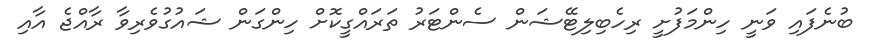
ބުނެފައި ވަނީ ހިންމަފުށީ ރިހެބިލިޓޭޝަން ސެންޓަރު ތަރައްގީކޮށް ހިންގަން ޝައުގުވެރިވާ ރާއްޖެ އާއި